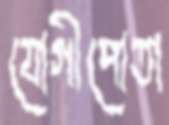
যোগীপোতা